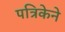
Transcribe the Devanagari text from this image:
पत्रिकेने